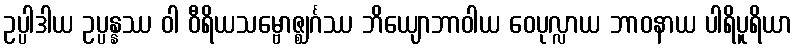
ဥပ္ပါဒါယ ဥပ္ပန္နဿ ဝါ ဝီရိယသမ္ဗောဇ္ဈင်္ဂဿ ဘိယျောဘာဝါယ ဝေပုလ္လာယ ဘာဝနာယ ပါရိပူရိယာ